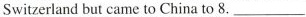
Switzerland but came to China to 8. ___